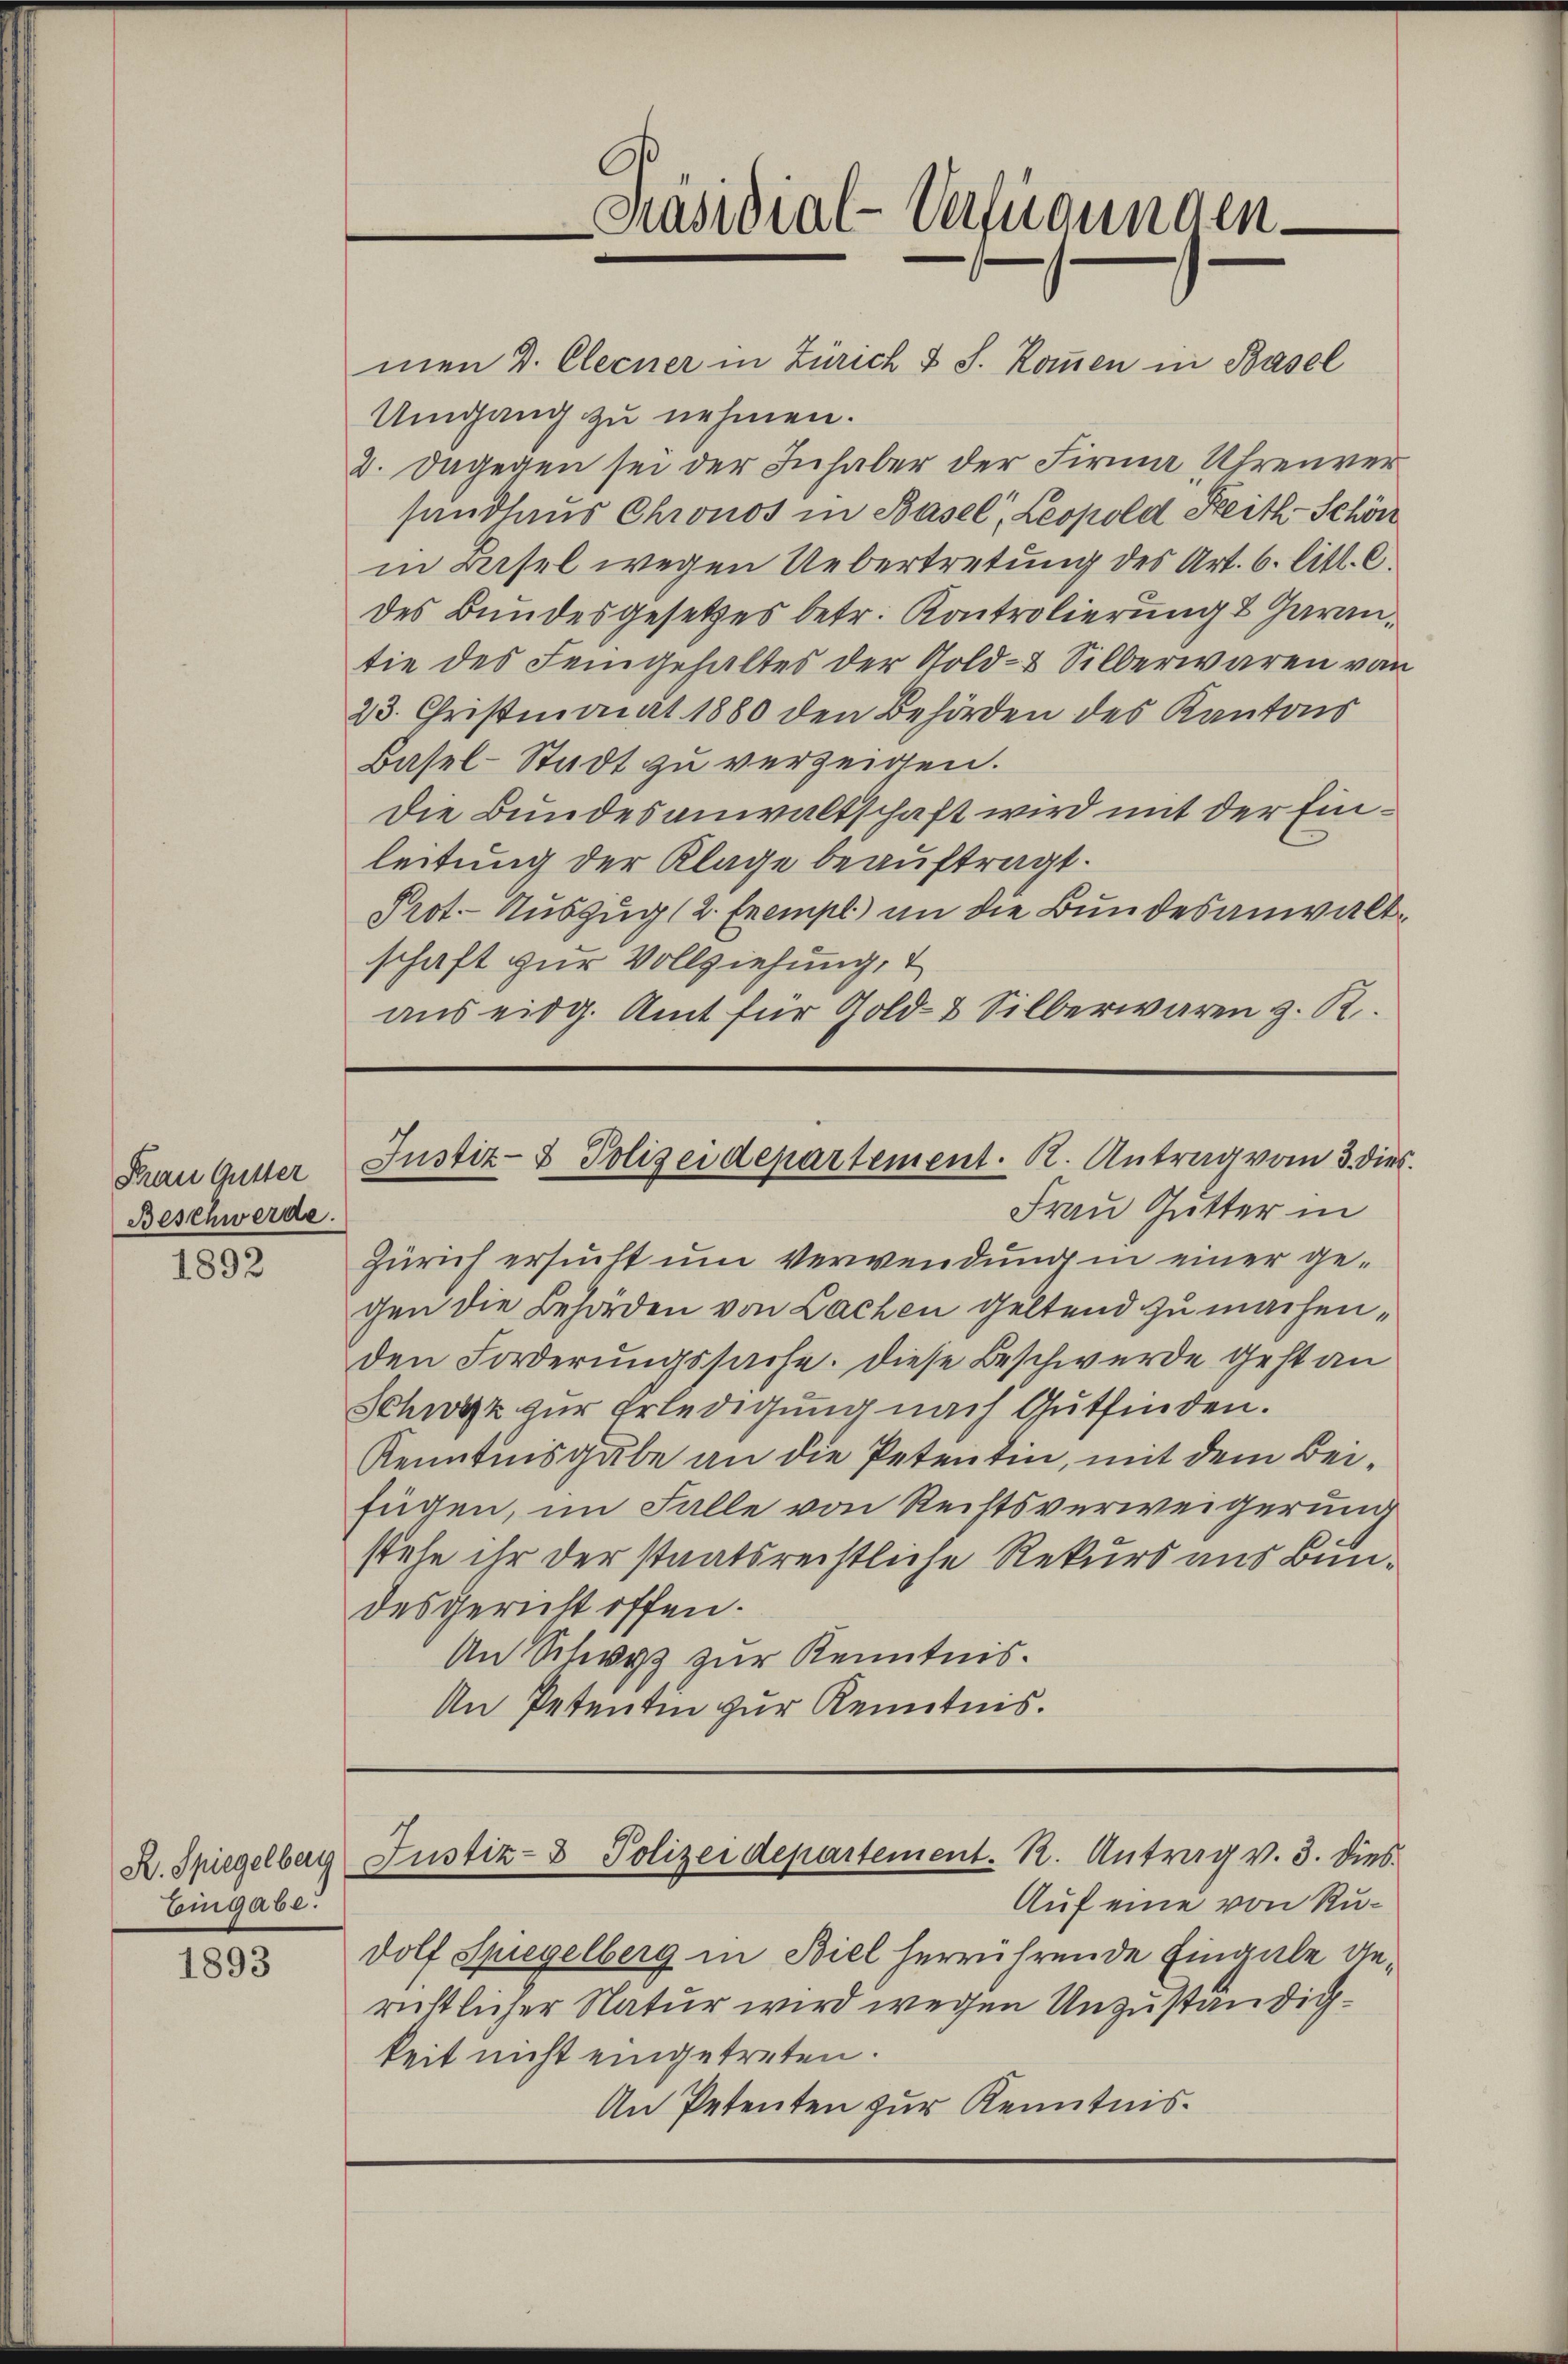
Frau Gutter
Beschwerde.

1892

K. Spiegelberg
Eingabe.

1893

Präsidial-Verfügungen

men d. Clerner in Zürich & J. Kommen in Basel
Umgang zu nehmen.
2. Dagegen sei der Inhaber der Firma Uhrenver
handlaus Chronos in Basel, Leopold Reith-Schön
in Basel wegen Uebertretung des Art. 6. litt. C.
des Bundesgesetzes betr. Kontrolierung & Garantie des Seingehaltes der Gold- & Silberwaren von
23. Christmonat 1880 den Behörden des Kantons
Basel-Stadt zu verzeigen.
Die Bundesanwaltschaft wird mit der Einleitung der Klage beauftragt.
Prot.- Auszug (2. Exempl. an die Bundesanwaltschaft zur Vollziehung,
aus eidg. Amt für Gold- & Silberwaren z. R.

Zürich ersucht um Verwendung in einer gegen die Behörden von Lachen geltend zu machen,
den Forderungssache. Diese Beschwerde gestan
Schwyz zur Erledigung nach Gutfinden.
Kenntnisgabe an die Petentin, mit dem Beifügen, im Falle von Rechtsverweigerung
stehe ihr der staatsrechtliche Rekurs aus Bundesgericht offen.
An Schwyz zur Kenntnis.
An Petentin zur Kenntnis.

Justiz- & Polizeidepartement. K. Antrag vom 3. dies
Frau Gutter in

Justiz- & Polizeidepartement. R. Antrag v. 3. dies

Auf eine von Rudolf Spiegelberg in Biel herrührende Eingabe gerichtlicher Natur wird wegen Unzuständigkeit nicht eingetreten.
An Petenten zur Kenntnis.